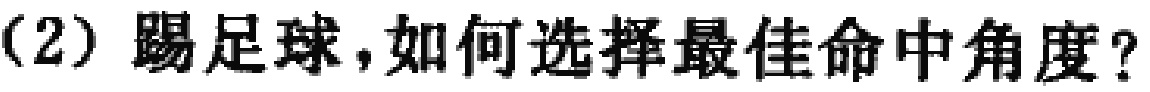
（2）踢足球，如何选择最佳命中角度？